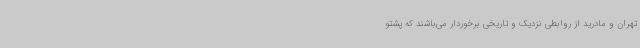
تهران و مادرید از روابطی نزدیک و تاریخی برخوردار می‌باشند که پشتو